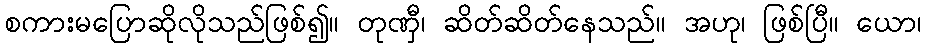
စကားမပြောဆိုလိုသည်ဖြစ်၍။ တုဏှီ၊ ဆိတ်ဆိတ်နေသည်။ အဟု၊ ဖြစ်ပြီ။ ယော၊